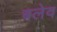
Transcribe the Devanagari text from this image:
बलेव